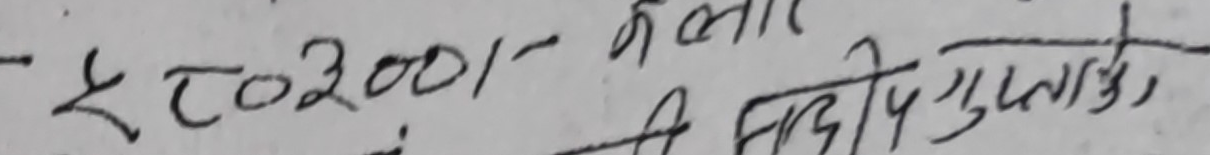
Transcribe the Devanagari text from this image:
<२००१- भदौदि मुनारकाे,